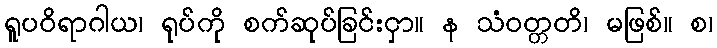
ရူပဝိရာဂါယ၊ ရုပ်ကို စက်ဆုပ်ခြင်းငှာ။ န သံဝတ္တတိ၊ မဖြစ်။ စ၊